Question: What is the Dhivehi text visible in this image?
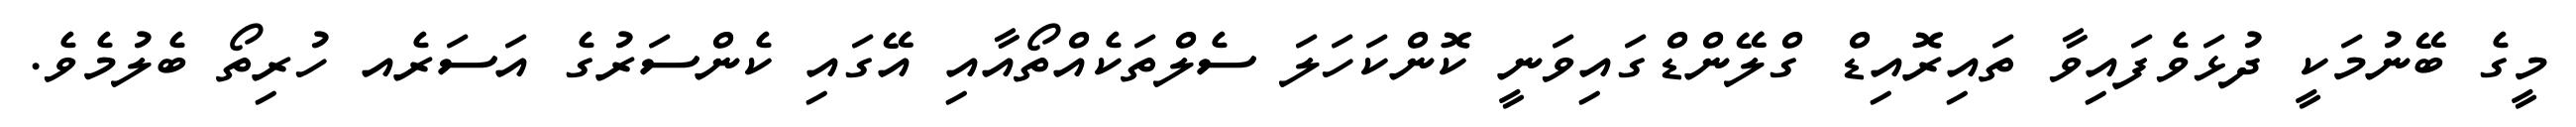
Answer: މީގެ ބޭނުމަކީ ދުޅަވެފައިވާ ތައިރޮއިޑް ގްލޭންޑްގައިވަނީ ކޮންކަހަލަ ސެލްތަކެއްތޯއާއި އޭގައި ކެންސަރުގެ އަސަރެއ ހުރިތޯ ބެލުމެވެ.